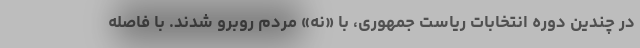
در چندین دوره انتخابات ریاست جمهوری، با «نه» مردم روبرو شدند. با فاصله